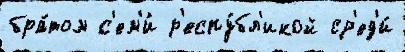
бра́том с'ем'и́ р'еспу́бл'икой ср'ед'и́